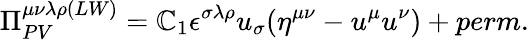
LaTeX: \Pi_{PV}^{\mu\nu\lambda\rho(LW)}=\mathbb{C}_{1}\epsilon^{\sigma\lambda\rho}u_{\sigma}(\eta^{\mu\nu}-u^{\mu}u^{\nu})+perm.